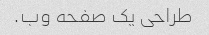
طراحی یک صفحه وب.